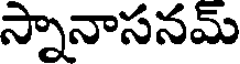
స్నానాసనమ్